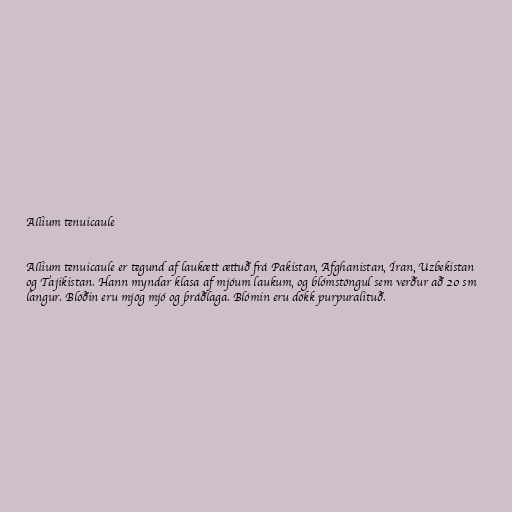
Allium tenuicaule

Allium tenuicaule er tegund af laukætt ættuð frá Pakistan, Afghanistan, Íran, Uzbekistan
og Tajikistan. Hann myndar klasa af mjóum laukum, og blómstöngul sem verður að 20 sm
langur. Blöðin eru mjög mjó og þráðlaga. Blómin eru dökk purpuralituð.